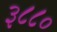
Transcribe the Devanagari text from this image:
३८८०